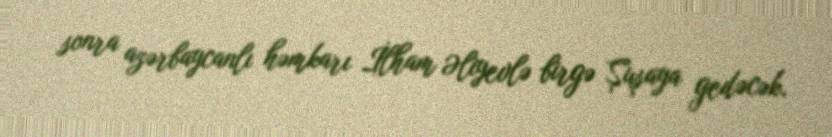
sonra azərbaycanlı həmkarı İlham Əliyevlə birgə Şuşaya gedəcək.